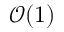
\mathcal { O } ( 1 )